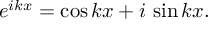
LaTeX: e ^ { i k x } = \cos k x + i \, \sin k x .